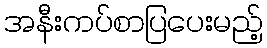
အနီးကပ်စာပြပေးမည့်